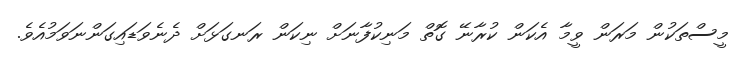
މީސްތަކުން މަރަން ވީމާ އެކަން ކުރާނޭ ގޮތް މަނިކުފާނަށް ނިކަން ރަނގަޅަށް ދެނެވަޑައިގަންނަވަމުއެވެ.